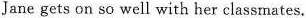
Jane gets on so well with her classmates.